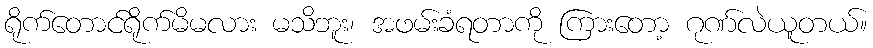
ရိုက်တောင်ရိုက်မိမလား မသိဘူး၊ အဖမ်းခံရတာကို ကြားတော့ ဂုဏ်လဲယူတယ်။